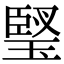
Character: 㻨